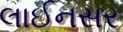
લાઈનસર